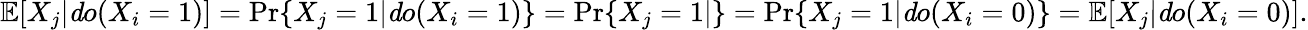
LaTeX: \begin{array}{r}{\mathbb{E}[X_{j}|{\mathit do}(X_{i}=1)]=\operatorname*{Pr}\{ X_{j}=1|{\mathit do}(X_{i}=1)\} =\operatorname*{Pr}\{ X_{j}=1|\} =\operatorname*{Pr}\{ X_{j}=1|{\mathit do}(X_{i}=0)\} =\mathbb{E}[X_{j}|{\mathit do}(X_{i}=0)].}\end{array}